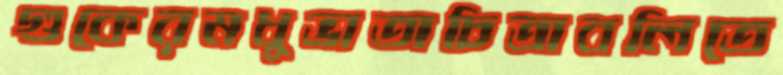
গুকেরমধুভাতাচিত্রাবলিতে